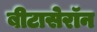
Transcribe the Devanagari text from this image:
बीटासेरॉन